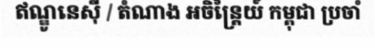
ឥណ្ឌូនេស៊ី / តំណាង អចិន្ត្រៃយ៍ កម្ពុជា ប្រចាំ